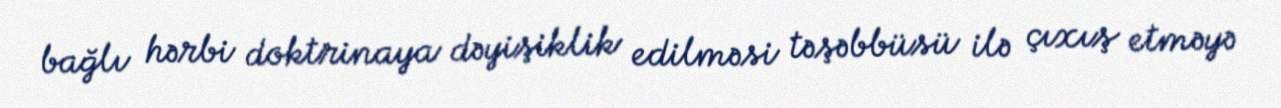
bağlı hərbi doktrinaya dəyişiklik edilməsi təşəbbüsü ilə çıxış etməyə